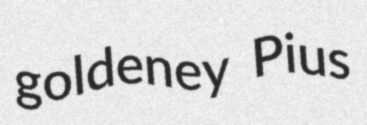
goldeney Pius